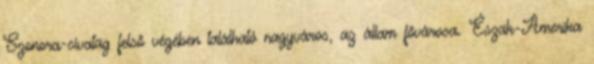
Szonora-sivatag felső végében található nagyváros, az állam fővárosa. Észak-Amerika